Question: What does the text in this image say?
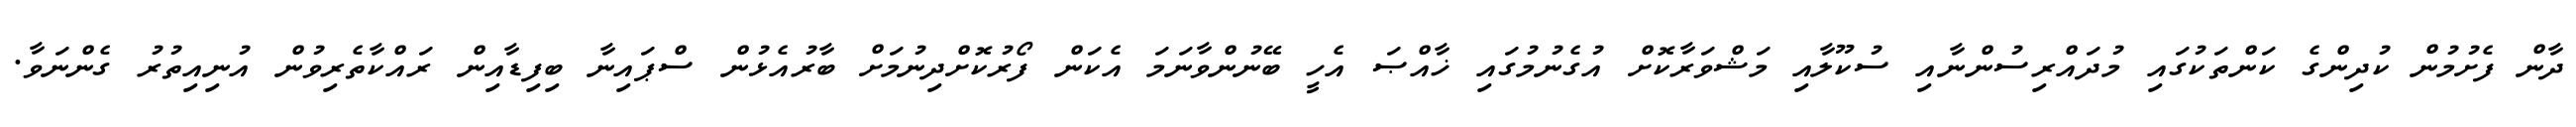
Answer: ދާން ފެށުމުން ކުދިންގެ ކަންތަކުގައި މުދައްރިސުންނާއި ސުކޫލާއި މަޝްވަރާކޮށް އުގެނުމުގައި ޚާއްޞަ އެހީ ބޭނުންވާނަމަ އެކަން ފޯރުކޮށްދިނުމަށް ބާރުއެޅުން ސްޕައިނާ ބިފިޑާއިން ރައްކާތެރިވުން އުނިއިތުރު ގެންނަވާ.